Vaccination United Provinces of Agra and Oudh 1902-1913 - 1902-1913
Year: 1902
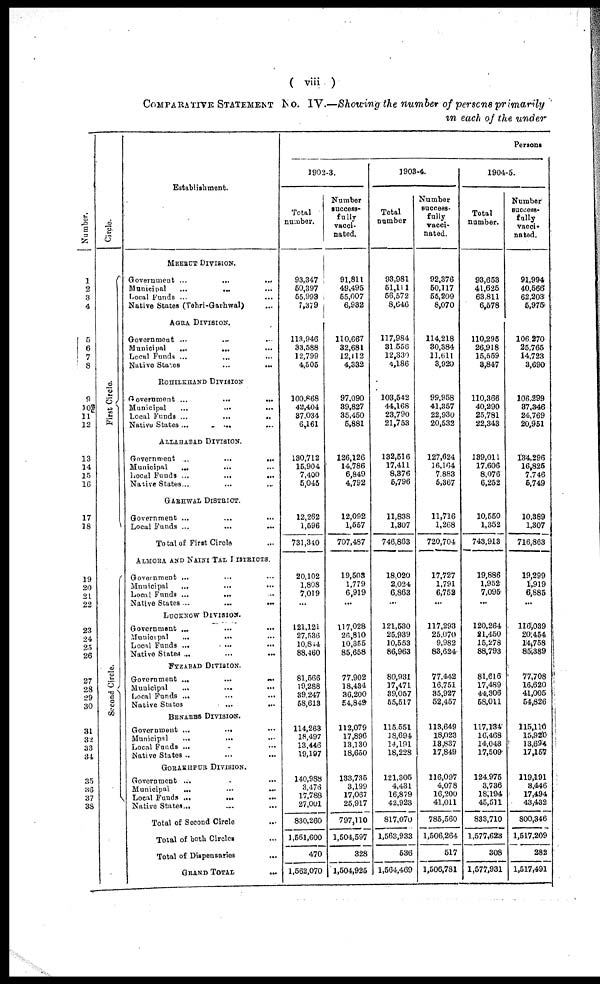
( viii )
COMPARATIVE STATEMENT No. IV.—Showing the number of persons primarily
in each of the under
Number.
1
2
3
4
5
6
7
8
9
10
11
12
13
14
15
16
17
18
19
20
21
22
23
24
25
26
27
28
29
30
31
32
33
34
35
36
37
38
Circle.
First Circle.
Second Circle.
Establishment.
MEERUT DIVISION.
Government ... ... ...
Municipal
...
... ...
Local Funds ... ... ...
Native States (Tehri-Garhwal) ...
AGRA DIVISION.
Government ... ... ...
Municipal
...
... ...
Local Funds ...
...
...
Native States ... ... ...
ROHILKHAND DIVISION
Government ...
...
...
Municipal ... ... ...
Local Funds ...
...
..
Native States ... ... ...
ALLAHABAD DIVISION.
Government
...
...
...
Municipal
... ... ...
Local Funds ...
...
...
Native States ... ... ...
GARHWAL DISTRICT.
Government ... ... ...
Local Funds ...
...
...
Total of First Circle ...
ALMORA AND NAINI TAL DISTRICTS.
Government ... ... ...
Municipal ... ... ...
Local Funds ...
... ...
Native States ...
...
...
LUCKNOW DIVISION.
Government ...
...
...
Municipal
...
... ...
Local Funds ...
...
...
Native States ... ... ...
FYZABAD DIVISION.
Government ...
...
...
Municipal ... ... ...
Local Funds ... ... ...
Native States ... ... ...
BENARES DIVISION.
Government ...
... ...
Municipal
... ... ...
Local Funds ... ... ...
Native States ... ... ...
GORAKHPUR DIVISION.
Government ... ... ...
Municipal ... ... ...
Local Funds ... ... ...
Native States ... ... ...
Total of Second Circle ...
Total of both Circles ...
Total of Dispensaries ...
GRAND TOTAL ...
Persons
1902-3.
Total
number.
93,347
50,397
55,993
7,379
113,946
33,588
12,799
4,505
100,868
42,404
37,034
6,161
130,712
15,904
7,400
5,045
12,262
1,596
731,340
20,102
1,808
7,019
...
121,121
27,536
10,844
88,460
81,566
19,288
39,247
58,613
114,263
18,497
13,446
19,197
140,988
3,476
17,788
27,001
830,260
1,561,600
470
1,562,070
Number
success-
fully
vacci-
nated.
91,811
49,495
55,007
6,932
110,667
32,681
12,112
4,332
97,090
39,827
35,450
5,881
126,126
14,786
6,849
4,792
12,092
1,557
707,487
19,503
1,779
6,919
...
117,028
26,810
10,355
85,658
77,902
18,434
36,200
54,849
112,079
17,896
13,130
18,650
133,735
3,199
17,067
25,917
797,110
1,504,597
328
1,504,925
1903-4.
Total
number
93,981
51,111
56,572
8,646
117,984
31,556
12,330
4,186
103,542
44,168
23,790
21,753
132,516
17,411
8,376
5,796
11,838
1,307
746,863
18,020
2,024
6,863
...
121,530
25,939
10,553
86,963
80,931
17,471
39,057
55,517
115,551
18,694
14,191
18,228
121,305
4,431
16,879
42,923
817,070
1,563,933
536
1,564,469
Number
success-
fully
vacci-
nated.
92,376
50,117
55,209
8,070
114,218
30,384
11,611
3,920
99,958
41,357
22,930
20,532
127,624
16,164
7,883
5,367
11,716
1,268
720,704
17,727
1,791
6,752
...
117,293
25,070
9,982
83,624
77,442
16,751
35,927
52,457
113,649
18,023
13,837
17,849
116,097
4,078
16,200
41,011
785,560
1,506,264
517
1,506,781
1904-5.
Total
number.
93,653
41,625
63,811
6,578
110,295
26,918
15,559
3,847
110,366
40,290
25,781
22,343
139,011
17,606
8,076
6,252
10,550
1,352
743,913
19,886
1,952
7,095
...
120,264
21,450
15,278
88,793
81,616
17,489
44,306
58,011
117,134
16,468
14,048
17,509
124,975
3,736
18,194
45,511
833,710
1,577,623
308
1,577,931
Number
success-
fully
vacci-
nated.
91,994
40,566
62,203
5,975
106,270
25,765
14,723
3,690
106,299
37,346
24,769
20,951
134,296
16,825
7,746
5,749
10,389
1,307
716,863
19,299
1,919
6,885
...
116,039
20,454
14,758
85,389
77,708
16,620
41,005
54,826
115,110
15,920
13,694
17,157
119,191
3,446
17,494
43,432
800,346
1,517,209
282
1,517,491